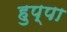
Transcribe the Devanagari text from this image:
हुप्पा